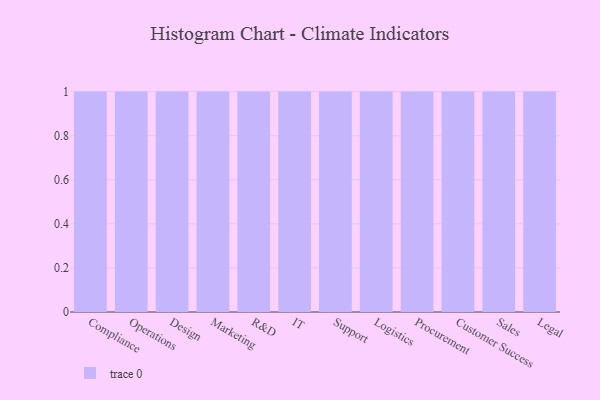
{"axis": {"x": "Department", "y": "Market Share (%)"}, "legend": [""], "data": [{"x": "Compliance", "y": 21, "type": ""}, {"x": "Operations", "y": 47, "type": ""}, {"x": "Design", "y": 16, "type": ""}, {"x": "Marketing", "y": 88, "type": ""}, {"x": "R&D", "y": 84, "type": ""}, {"x": "IT", "y": 43, "type": ""}, {"x": "Support", "y": 12, "type": ""}, {"x": "Logistics", "y": 38, "type": ""}, {"x": "Procurement", "y": 68, "type": ""}, {"x": "Customer Success", "y": 81, "type": ""}, {"x": "Sales", "y": 36, "type": ""}, {"x": "Legal", "y": 24, "type": ""}]}